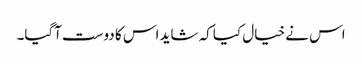
اس نے خیال کیا کہ شاید اس کا دوست آگیا۔